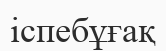
іспебұғақ